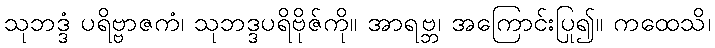
သုဘဒ္ဒံ ပရိဗ္ဗာဇကံ၊ သုဘဒ္ဒပရိဗိုဇ်ကို။ အာရဗ္ဘ၊ အကြောင်းပြု၍။ ကထေသိ၊